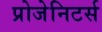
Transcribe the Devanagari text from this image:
प्रोजेनिटर्स